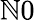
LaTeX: \mathbb{N}0